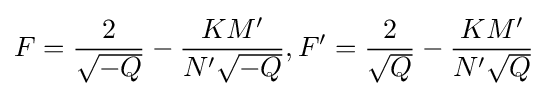
F={\frac {2}{\sqrt {-Q}}}-{\frac {KM'}{N'{\sqrt {-Q}}}},F'={\frac {2}{\sqrt {Q}}}-{\frac {KM'}{N'{\sqrt {Q}}}}